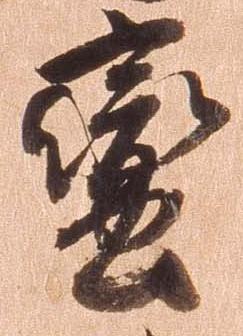
蛮